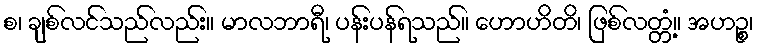
စ၊ ချစ်လင်သည်လည်း။ မာလဘာရီ၊ ပန်းပန်ရသည်။ ဟောဟိတိ၊ ဖြစ်လတ္တံ့။ အဟဉ္စ၊